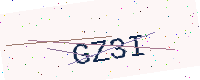
Text: GZ3I